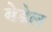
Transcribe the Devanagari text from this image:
बेडेल